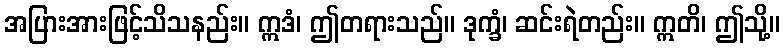
အပြားအားဖြင့်သိသနည်း။ ဣဒံ၊ ဤတရားသည်။ ဒုက္ခံ၊ ဆင်းရဲတည်း။ ဣတိ၊ ဤသို့။